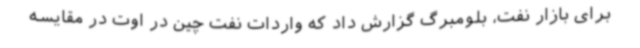
برای بازار نفت، بلومبرگ گزارش داد که واردات نفت چین در اوت در مقایسه